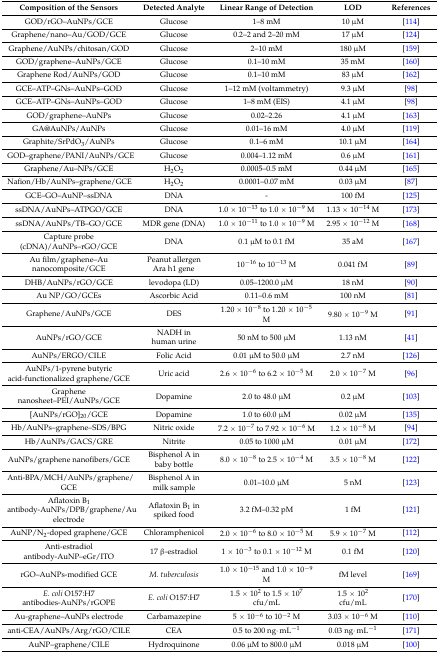
<table><thead><tr><td><b>Composition of the Sensors</b></td><td><b>Detected Analyte</b></td><td><b>Linear Range of Detection</b></td><td><b>LOD</b></td><td><b>References</b></td></tr></thead><tbody><tr><td>GOD/rGO–AuNPs/GCE</td><td>Glucose</td><td>1–8 mM</td><td>10 μM</td><td>[114]</td></tr><tr><td>Graphene/nano–Au/GOD/GCE</td><td>Glucose</td><td>0.2–2 and 2–20 mM</td><td>17 μM</td><td>[124]</td></tr><tr><td>Graphene/AuNPs/chitosan/GOD</td><td>Glucose</td><td>2–10 mM</td><td>180 μM</td><td>[159]</td></tr><tr><td>GOD/graphene–AuNPs/GCE</td><td>Glucose</td><td>0.1–10 mM</td><td>35 mM</td><td>[160]</td></tr><tr><td>Graphene Rod/AuNPs/GOD</td><td>Glucose</td><td>0.1–10 mM</td><td>83 μM</td><td>[162]</td></tr><tr><td>GCE–ATP–GNs–AuNPs–GOD</td><td>Glucose</td><td>1–12 mM (voltammetry)</td><td>9.3 μM</td><td>[98]</td></tr><tr><td>GCE–ATP–GNs–AuNPs–GOD</td><td>Glucose</td><td>1–8 mM (EIS)</td><td>4.1 μM</td><td>[98]</td></tr><tr><td>GOD/graphene–AuNPs</td><td>Glucose</td><td>0.02–2.26</td><td>4.1 μM</td><td>[163]</td></tr><tr><td>GA@AuNPs/AuNPs</td><td>Glucose</td><td>0.01–16 mM</td><td>4.0 μM</td><td>[119]</td></tr><tr><td>Graphite/SrPdO<sub>3</sub>/AuNPs</td><td>Glucose</td><td>0.1–6 mM</td><td>10.1 μM</td><td>[164]</td></tr><tr><td>GOD–graphene/PANI/AuNPs/GCE</td><td>Glucose</td><td>0.004–1.12 mM</td><td>0.6 μM</td><td>[161]</td></tr><tr><td>Graphene/Au–NPs/GCE</td><td>H<sub>2</sub>O<sub>2</sub></td><td>0.0005–0.5 mM</td><td>0.44 μM</td><td>[165]</td></tr><tr><td>Nafion/Hb/AuNPs–graphene/GCE</td><td>H<sub>2</sub>O<sub>2</sub></td><td>0.0001–0.07 mM</td><td>0.03 μM</td><td>[87]</td></tr><tr><td>GCE–GO–AuNP–ssDNA</td><td>DNA</td><td>-</td><td>100 fM</td><td>[125]</td></tr><tr><td>ssDNA/AuNPs–ATPGO/GCE</td><td>DNA</td><td>1.0 × 10<sup>−13</sup> to 1.0 × 10<sup>−9</sup> M</td><td>1.13 × 10<sup>−14</sup> M</td><td>[173]</td></tr><tr><td>ssDNA/AuNPs/TB–GO/GCE</td><td>MDR gene (DNA)</td><td>1.0 × 10<sup>−11</sup> to 1.0 × 10<sup>−9</sup> M</td><td>2.95 × 10<sup>−12</sup> M</td><td>[168]</td></tr><tr><td>Capture probe (cDNA)/AuNPs–rGO/GCE</td><td>DNA</td><td>0.1 μM to 0.1 fM</td><td>35 aM</td><td>[167]</td></tr><tr><td>Au film/graphene–Au nanocomposite/GCE</td><td>Peanut allergen Ara h1 gene</td><td>10<sup>−16</sup> to 10<sup>−13</sup> M</td><td>0.041 fM</td><td>[89]</td></tr><tr><td>DHB/AuNPs/rGO/GCE</td><td>levodopa (LD)</td><td>0.05–1200.0 μM</td><td>18 nM</td><td>[90]</td></tr><tr><td>Au NP/GO/GCEs</td><td>Ascorbic Acid</td><td>0.11–0.6 mM</td><td>100 nM</td><td>[81]</td></tr><tr><td>Graphene/AuNPs/GCE</td><td>DES</td><td>1.20 × 10<sup>−8</sup> to 1.20 × 10<sup>−5</sup> M</td><td>9.80 × 10<sup>−9</sup> M</td><td>[91]</td></tr><tr><td>AuNPs/rGO/GCE</td><td>NADH in human urine</td><td>50 nM to 500 μM</td><td>1.13 nM</td><td>[41]</td></tr><tr><td>AuNPs/ERGO/CILE</td><td>Folic Acid</td><td>0.01 μM to 50.0 μM</td><td>2.7 nM</td><td>[126]</td></tr><tr><td>AuNPs/1-pyrene butyric acid-functionalized graphene/GCE</td><td>Uric acid</td><td>2.6 × 10<sup>−6</sup> to 6.2 × 10<sup>−5</sup> M</td><td>2.0 × 10<sup>−7</sup> M</td><td>[96]</td></tr><tr><td>Graphene nanosheet–PEI/AuNPs/GCE</td><td>Dopamine</td><td>2.0 to 48.0 μM</td><td>0.2 μM</td><td>[103]</td></tr><tr><td>[AuNPs/rGO]<sub>20</sub>/GCE</td><td>Dopamine</td><td>1.0 to 60.0 μM</td><td>0.02 μM</td><td>[135]</td></tr><tr><td>Hb/AuNPs–graphene–SDS/BPG</td><td>Nitric oxide</td><td>7.2 × 10<sup>−7</sup> to 7.92 × 10<sup>−6</sup> M</td><td>1.2 × 10<sup>−8</sup> M</td><td>[94]</td></tr><tr><td>Hb/AuNPs/GACS/GRE</td><td>Nitrite</td><td>0.05 to 1000 μM</td><td>0.01 μM</td><td>[172]</td></tr><tr><td>AuNPs/graphene nanofibers/GCE</td><td>Bisphenol A in baby bottle</td><td>8.0 × 10<sup>−8</sup> to 2.5 × 10<sup>−4</sup> M</td><td>3.5 × 10<sup>−8</sup> M</td><td>[122]</td></tr><tr><td>Anti-BPA/MCH/AuNPs/graphene/GCE</td><td>Bisphenol A in milk sample</td><td>0.01–10.0 μM</td><td>5 nM</td><td>[123]</td></tr><tr><td>Aflatoxin B<sub>1</sub> antibody-AuNPs/DPB/graphene/Au electrode</td><td>Aflatoxin B<sub>1</sub> in spiked food</td><td>3.2 fM–0.32 pM</td><td>1 fM</td><td>[121]</td></tr><tr><td>AuNP/N<sub>2</sub>-doped graphene/GCE</td><td>Chloramphenicol</td><td>2.0 × 10<sup>−6</sup> to 8.0 × 10<sup>−5</sup> M</td><td>5.9 × 10<sup>−7</sup> M</td><td>[112]</td></tr><tr><td>Anti-estradiol antibody-AuNP–eGr/ITO</td><td>17 β-estradiol</td><td>1 × 10<sup>−3</sup> to 0.1 × 10<sup>−12</sup> M</td><td>0.1 fM</td><td>[120]</td></tr><tr><td>rGO–AuNPs-modified GCE</td><td><i>M. tuberculosis</i></td><td>1.0 × 10<sup>−15</sup> and 1.0 × 10<sup>−9</sup> M</td><td>fM level</td><td>[169]</td></tr><tr><td><i>E. coli</i> O157:H7 antibodies-AuNPs/rGOPE</td><td><i>E. coli</i> O157:H7</td><td>1.5 × 10<sup>2</sup> to 1.5 × 10<sup>7</sup> cfu/mL</td><td>1.5 × 10<sup>2</sup> cfu/mL</td><td>[170]</td></tr><tr><td>Au-graphene–AuNPs electrode</td><td>Carbamazepine</td><td>5 × 10<sup>−6</sup> to 10<sup>−2</sup> M</td><td>3.03 × 10<sup>−6</sup> M</td><td>[110]</td></tr><tr><td>anti-CEA/AuNPs/Arg/rGO/CILE</td><td>CEA</td><td>0.5 to 200 ng·mL<sup>−1</sup></td><td>0.03 ng·mL<sup>−1</sup></td><td>[171]</td></tr><tr><td>AuNP–graphene/CILE</td><td>Hydroquinone</td><td>0.06 μM to 800.0 μM</td><td>0.018 μM</td><td>[100]</td></tr></tbody></table>